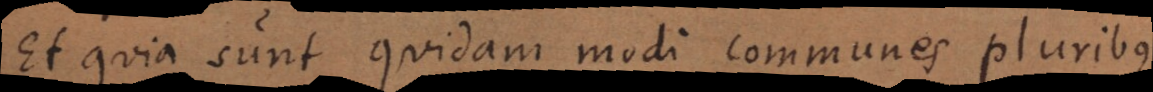
Et quia sunt quidam modi communes pluribus